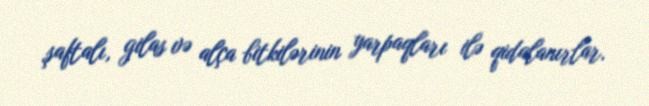
şaftalı, gilas və alça bitkilərinin yarpaqları ilə qidalanırlar.